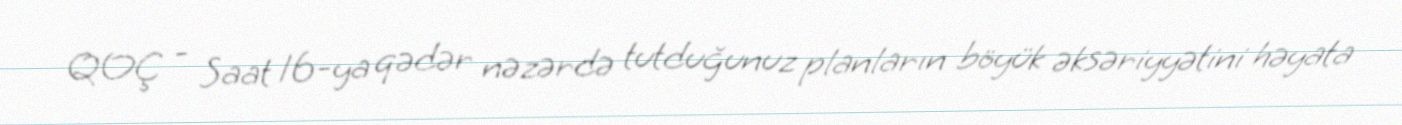
QOÇ - Saat 16-ya qədər nəzərdə tutduğunuz planların böyük əksəriyyətini həyata